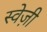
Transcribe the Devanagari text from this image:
स्वेज़ी